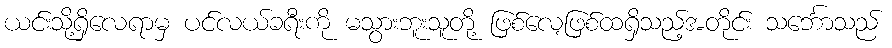
ယင်းသို့ရှိလေရာမှ ပင်လယ်ခရီးကို မသွားဘူးသူတို့ ဖြစ်လေ့ဖြစ်ထရှိသည့်အတိုင်း သင်္ဘောသည်